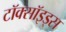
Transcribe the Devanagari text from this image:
टॉक्सॉइड्स